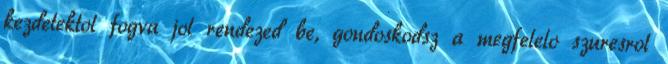
kezdetektol fogva jol rendezed be, gondoskodsz a megfelelo szuresrol